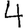
Digit: 4